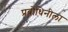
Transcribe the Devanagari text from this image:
प्रबोधिनीला